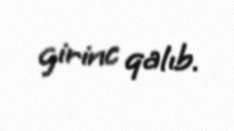
girinc qalıb.